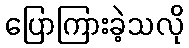
ပြောကြားခဲ့သလို